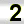
Digit: 2